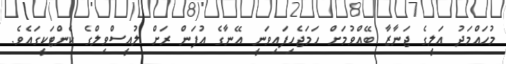
މުހައްމަދު އަލީގެ ޖަނާޒާ ބޭއްވުމަށް ހަމަޖެހިފައިވަނީ އޭނާގެ އުފަން ރަށް ލުއީސްވިލްގެ ކެންޓަކީގައެވެ.